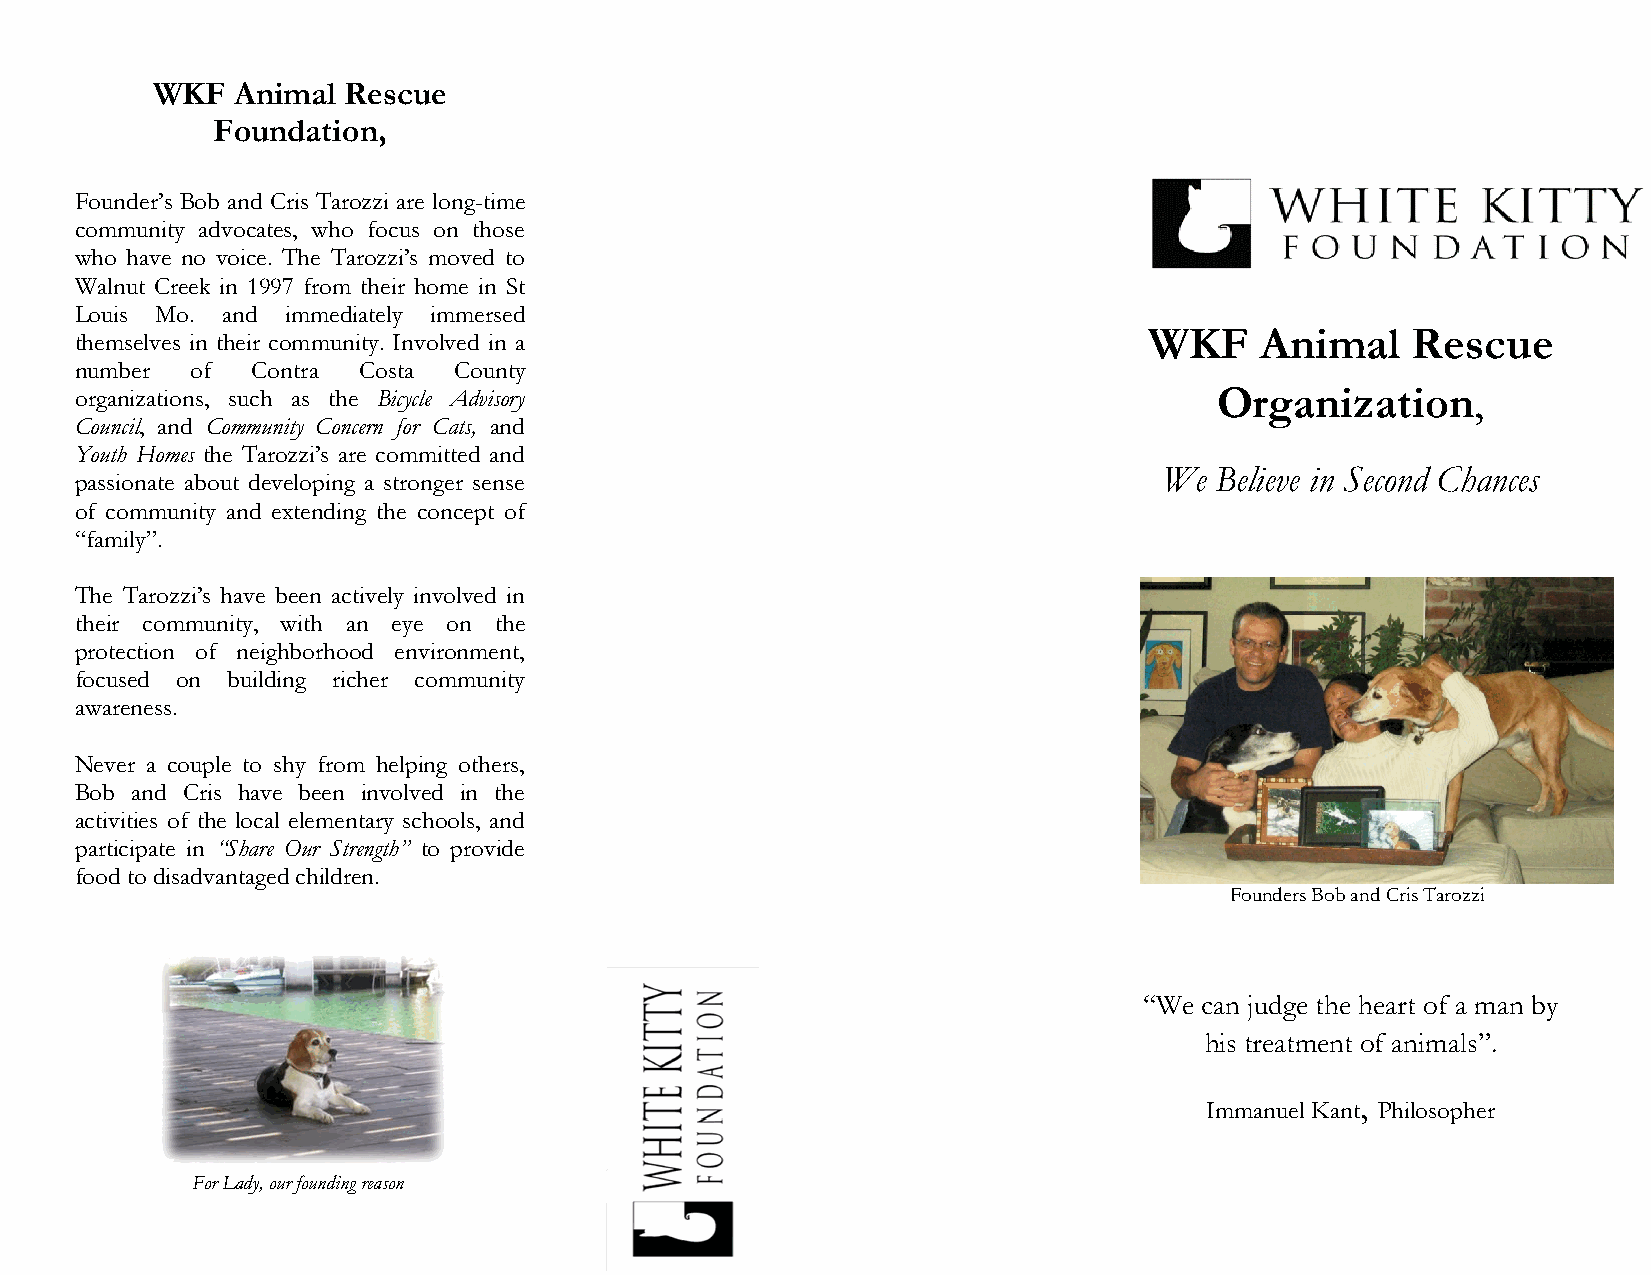
WKF  Animal  Rescue
 Foundation,
 Founder’s Bob and Cris Tarozzi are long-time
 community advocates, who focus on those
 who have no voice. The Tarozzi’s moved to
 Walnut Creek in 1997 from their home in St
 Louis Mo. and immediately immersed
 themselves in their community. Involved in a                           WKF    Animal    Rescue
 number  of  Contra Costa County
 organizations, such as the Bicycle Advisory                                 Organization,
 Council, and Community Concern for Cats, and
 Youth Homes the Tarozzi’s are committed and
 passionate about developing a stronger sense
 We Believe in Second Chances
 of community and extending the concept of
 “family”.
 The Tarozzi’s have been actively involved in
 their community, with an eye on the
 protection of neighborhood environment,
 focused on building richer community
 awareness.
 Never a couple to shy from helping others,
 Bob and Cris have been involved in the
 activities of the local elementary schools, and
 participate in “Share Our Strength” to provide
 food to disadvantaged children.
 Founders Bob and Cris Tarozzi
 “We can judge the heart of a man by
 his treatment of animals”.
 ,
 Immanuel Kant Philosopher
 For Lady, our founding reason